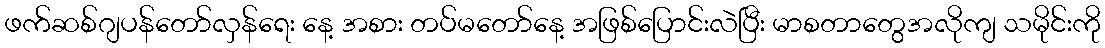
ဖက်ဆစ်ဂျပန်တော်လှန်ရေး နေ့ အစား တပ်မတော်နေ့ အဖြစ်ပြောင်းလဲပြီး မာစတာတွေအလိုကျ သမိုင်းကို